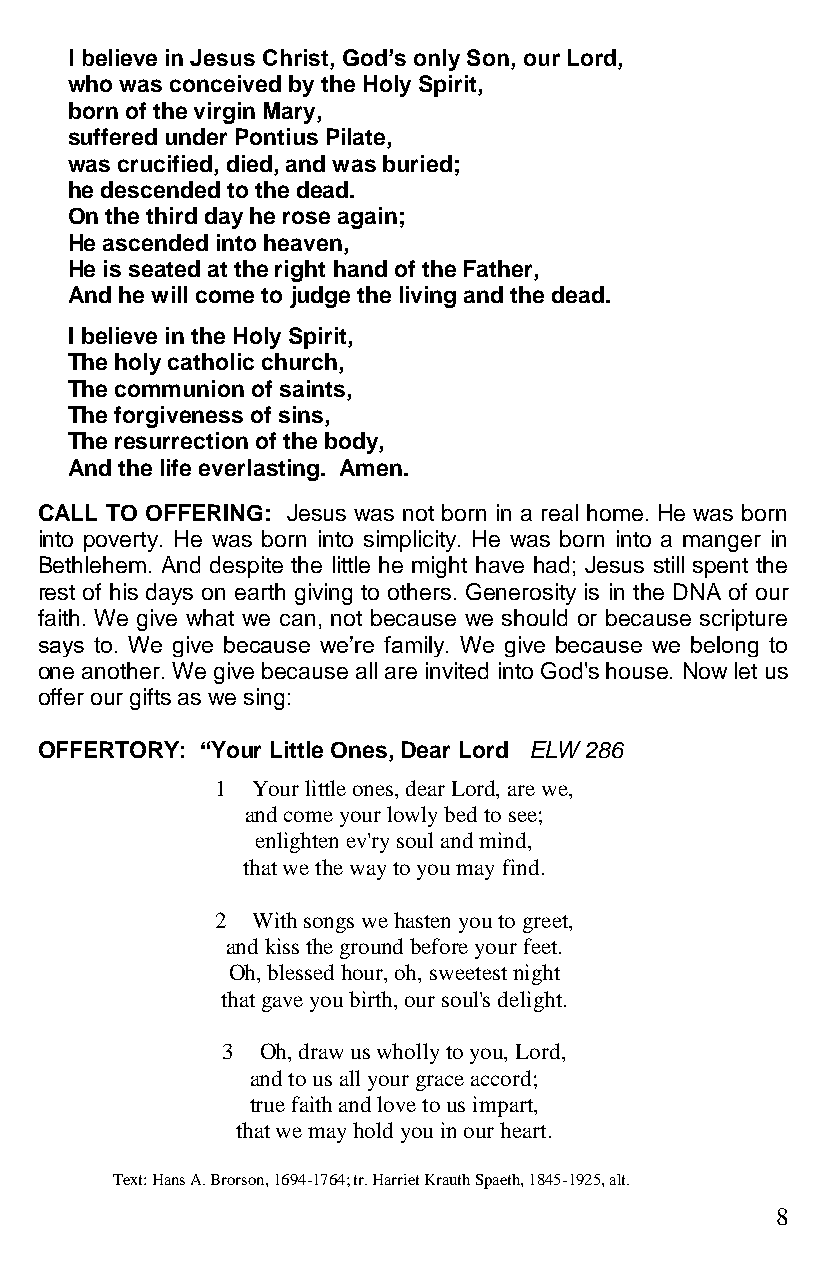
I believe in Jesus Christ, God’s only Son, our Lord,
 who was conceived by the Holy Spirit,
 born of the virgin Mary,
 suffered under Pontius Pilate,
 was crucified, died, and was buried;
 he descended to the dead.
 On the third day he rose again;
 He ascended into heaven,
 He is seated at the right hand of the Father,
 And he will come to judge the living and the dead.
 I believe in the Holy Spirit,
 The holy catholic church,
 The communion of saints,
 The forgiveness of sins,
 The resurrection of the body,
 And the life everlasting. Amen.
 CALL TO OFFERING: Jesus was not born in a real home. He was born
 into poverty. He was born into simplicity. He was born into a manger in
 Bethlehem. And despite the little he might have had; Jesus still spent the
 rest of his days on earth giving to others. Generosity is in the DNA of our
 faith. We give what we can, not because we should or because scripture
 says to. We give because we’re family. We give because we belong to
 one another. We give because all are invited into God's house. Now let us
 offer our gifts as we sing:
 OFFERTORY: “Your Little Ones, Dear Lord ELW 286
 1  Your little ones, dear Lord, are we,
 and come your lowly bed to see;
 enlighten ev'ry soul and mind,
 that we the way to you may find.
 2  With songs we hasten you to greet,
 and kiss the ground before your feet.
 Oh, blessed hour, oh, sweetest night
 that gave you birth, our soul's delight.
 3 Oh, draw us wholly to you, Lord,
 and to us all your grace accord;
 true faith and love to us impart,
 that we may hold you in our heart.
 Text: Hans A. Brorson, 1694-1764; tr. Harriet Krauth Spaeth, 1845-1925, alt.
 8